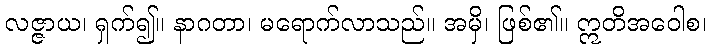
လဇ္ဇာယ၊ ရှက်၍။ နာဂတာ၊ မရောက်လာသည်။ အမှိ၊ ဖြစ်၏။ ဣတိအဝေါစ၊